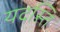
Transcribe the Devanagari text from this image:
यदस्ति